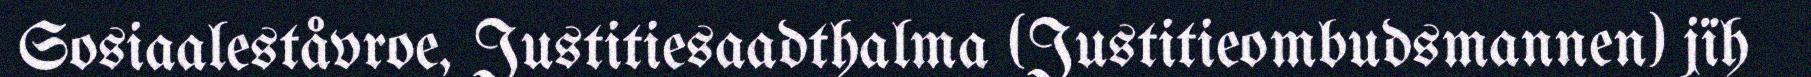
Sosiaaleståvroe, Justitiesaadthalma (Justitieombudsmannen) jïh